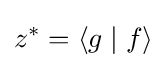
z^{*}=\langle g\mid f\rangle